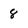
Character: 8